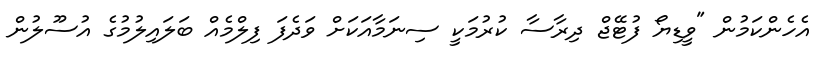
އެހެންކަމުން "ވީޑިޔޯ ފުޓޭޖް ދިރާސާ ކުރުމަކީ ސިނަމާއަކަށް ވަދެފަ ފިލްމެއް ބަލައިލުމުގެ އުސޫލުން